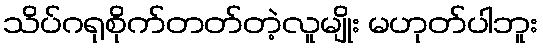
သိပ်ဂရုစိုက်တတ်တဲ့လူမျိုး မဟုတ်ပါဘူး